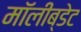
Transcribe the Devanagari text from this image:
मॉलीब्डेट